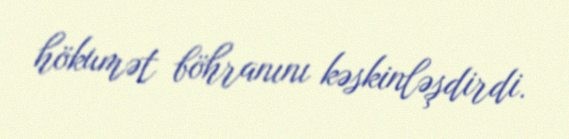
hökumət böhranını kəskinləşdirdi.